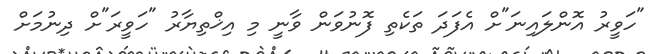
"ހަވީރު އޮންލައިނަ"ށް އެފަދަ ތަކެތި ފޮނުވަން ވާނީ މި އިޚްތިޔާރު "ހަވީރަ"ށް ދިނުމަށް